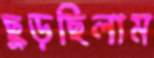
ছুড়ছিলাম